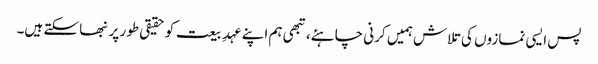
پس ایسی نمازوں کی تلاش ہمیں کرنی چاہئے، تبھی ہم اپنے عہدِ بیعت کو حقیقی طور پر نبھا سکتے ہیں۔